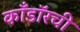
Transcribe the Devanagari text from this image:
काँडॉरची